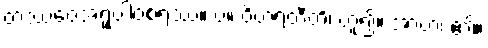
တဿေဝအရူပါဝစရဿ။ ပ။ ဝိဟရတီတိ၊ ဟူ၍။ အာဟ၊ ၏။